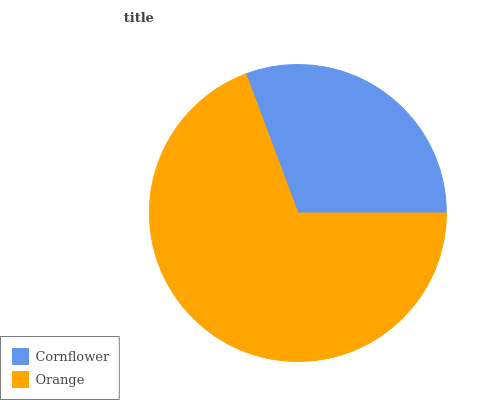
| Cornflower | Orange |
 | --- | --- |
 | 30.7% | 69.3% |